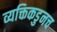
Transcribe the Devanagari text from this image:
व्यक्तिकडुनच